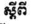
ស្តីពី